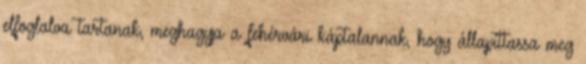
elfoglalva tartanak, meghagyja a fehérvári káptalannak, hogy állapíttassa meg